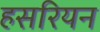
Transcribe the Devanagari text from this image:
हसरियन